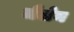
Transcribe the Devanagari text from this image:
जैलेन